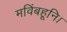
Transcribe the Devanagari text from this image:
मविंबहूनि।